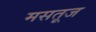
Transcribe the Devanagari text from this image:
मसतूज